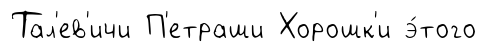
Тал'ев'ичи П'етраши Хорошк'и э́того